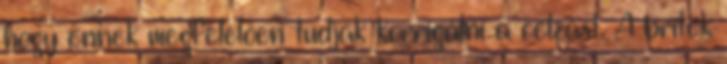
hogy ennek megfelelően tudják korrigálni a célzást. A britek